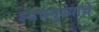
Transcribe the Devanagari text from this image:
इंद्रधनुष्याचे